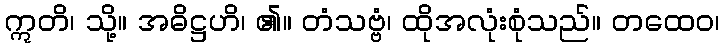
ဣတိ၊ သို့။ အဓိဋ္ဌဟိ၊ ၏။ တံသဗ္ဗံ၊ ထိုအလုံးစုံသည်။ တထေဝ၊